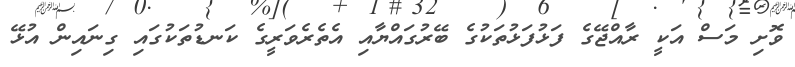
ވޮށި މަސް އަކީ ރާއްޖޭގެ ފަޅުފަޅުތަކުގެ ބޭރުގައްޔާއި އެތެރެވަރީގެ ކަނޑުތަކުގައި ގިނައިން އުޅޭ